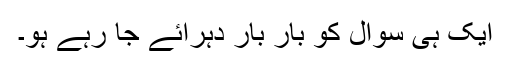
ایک ہی سوال کو بار بار دْہرائے جا رہے ہو۔